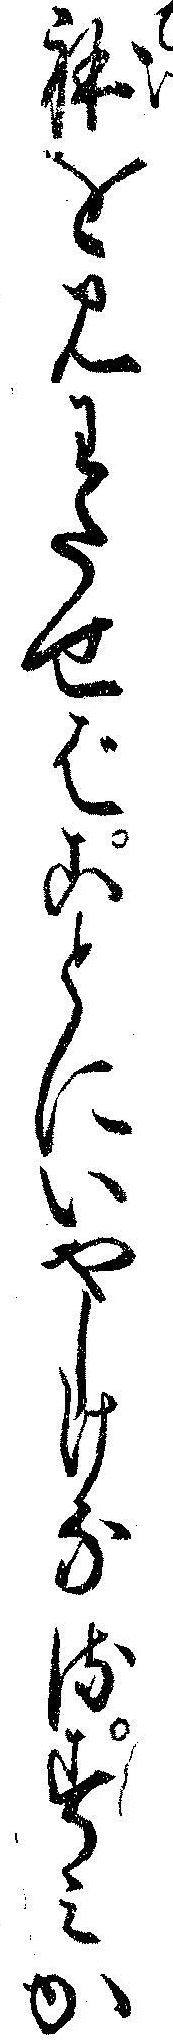
体を見わたせばことにいやしけなるすミか